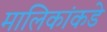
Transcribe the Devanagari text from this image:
मालिकांकडे